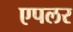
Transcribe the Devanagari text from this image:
एपलर